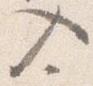
入